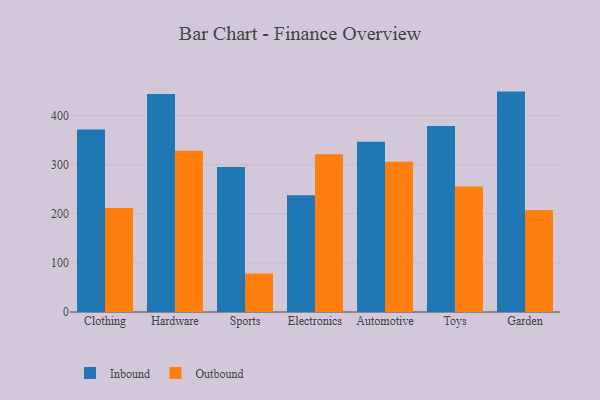
{"axis": {"x": "Category", "y": "Budget (USD K)"}, "legend": ["Inbound", "Outbound"], "data": [{"x": "Clothing", "y": 371.4, "type": "Inbound"}, {"x": "Clothing", "y": 211.9, "type": "Outbound"}, {"x": "Hardware", "y": 443.6, "type": "Inbound"}, {"x": "Hardware", "y": 328.4, "type": "Outbound"}, {"x": "Sports", "y": 295.2, "type": "Inbound"}, {"x": "Sports", "y": 78.3, "type": "Outbound"}, {"x": "Electronics", "y": 237.9, "type": "Inbound"}, {"x": "Electronics", "y": 320.9, "type": "Outbound"}, {"x": "Automotive", "y": 346.5, "type": "Inbound"}, {"x": "Automotive", "y": 305.7, "type": "Outbound"}, {"x": "Toys", "y": 378.5, "type": "Inbound"}, {"x": "Toys", "y": 255.3, "type": "Outbound"}, {"x": "Garden", "y": 448.7, "type": "Inbound"}, {"x": "Garden", "y": 207.5, "type": "Outbound"}]}